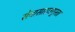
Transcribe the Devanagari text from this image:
सेयासाराउगुस्ता